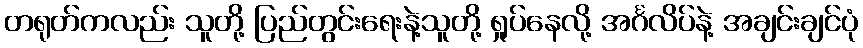
တရုတ်ကလည်း သူတို့ ပြည်တွင်းရေးနဲ့သူတို့ ရှုပ်နေလို့ အင်္ဂလိပ်နဲ့ အချင်းချင်ပုံ